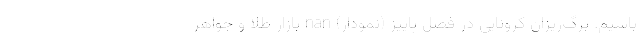
باشیم. برگ‌ریزان کرونایی در فصل پاییز (نمودار) nan بازار طلا و جواهر